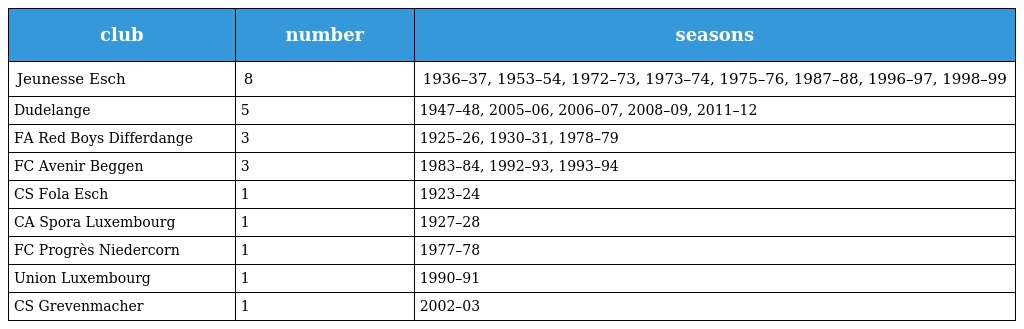
| club | number | seasons |
 | --- | --- | --- |
 | Jeunesse Esch | 8 | 1936–37, 1953–54, 1972–73, 1973–74, 1975–76, 1987–88, 1996–97, 1998–99 |
 | Dudelange | 5 | 1947–48, 2005–06, 2006–07, 2008–09, 2011–12 |
 | FA Red Boys Differdange | 3 | 1925–26, 1930–31, 1978–79 |
 | FC Avenir Beggen | 3 | 1983–84, 1992–93, 1993–94 |
 | CS Fola Esch | 1 | 1923–24 |
 | CA Spora Luxembourg | 1 | 1927–28 |
 | FC Progrès Niedercorn | 1 | 1977–78 |
 | Union Luxembourg | 1 | 1990–91 |
 | CS Grevenmacher | 1 | 2002–03 |